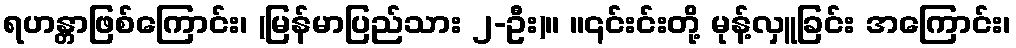
ရဟန္တာဖြစ်ကြောင်း၊ (မြန်မာပြည်သား ၂-ဦး)။ ။၎င်းင်းတို့ မုန့်လှူခြင်း အကြောင်း၊